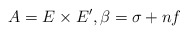
\begin{align*}A= E \times E', \beta = \sigma + nf\end{align*}